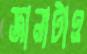
জানাটাও